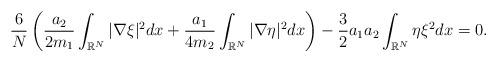
LaTeX: \begin{align*}\left.\begin{array}{ll}\displaystyle \dfrac{6}{N}\left(\dfrac{a_2}{2m_1}\int_{\mathbb{R}^N}|\nabla \xi|^2dx+\dfrac{a_1}{4m_2}\int_{\mathbb{R}^N}|\nabla \eta|^2dx\right)-\dfrac{3}{2}a_1a_2\int_{\mathbb{R}^N}\eta \xi^2dx=0.\end{array}\right.\end{align*}